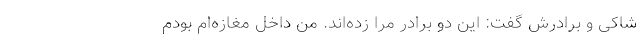
شاکی و برادرش گفت: این دو برادر مرا زده‌اند. من داخل مغازه‌ام بودم